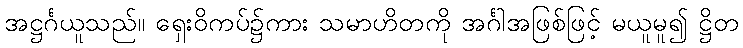
အဋ္ဌင်္ဂယူသည်။ ရှေးဝိကပ်၌ကား သမာဟိတကို အင်္ဂါအဖြစ်ဖြင့် မယူမူ၍ ဋ္ဌိတ